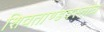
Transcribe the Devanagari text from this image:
शिवताण्डवस्तोत्र